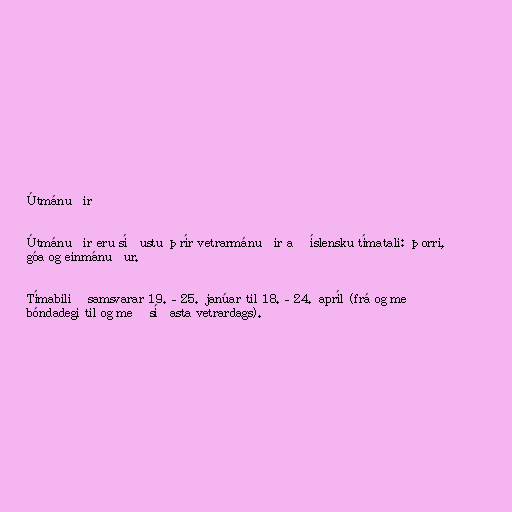
Útmánuðir

Útmánuðir eru síðustu þrír vetrarmánuðir að íslensku tímatali: þorri,
góa og einmánuður.

Tímabilið samsvarar 19.–25. janúar til 18.–24. apríl (frá og með
bóndadegi til og með síðasta vetrardags).